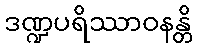
ဒဏ္ဍပရိဿာဝနန္တိ